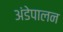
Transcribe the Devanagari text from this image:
अंडेपालन